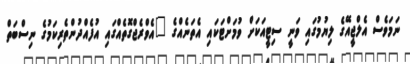
ނަމަވެސް އެލްޖީއޭގެ ލިޔުމުގައި ވަނީ ސިޓީއަކަށް ވުމަށްޓަކައި އެތަނެއްގެ "އެވްރެޖްގޮތެއްގައި އުފެއްދުންތެރިކަމުގެ ނިސްބަތް